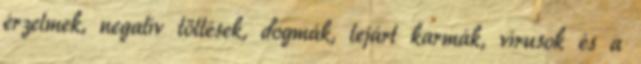
érzelmek, negatív töltések, dogmák, lejárt karmák, vírusok és a